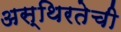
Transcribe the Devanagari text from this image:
अस्थिरतेची